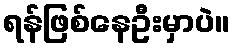
ရန်ဖြစ်နေဦးမှာပဲ။